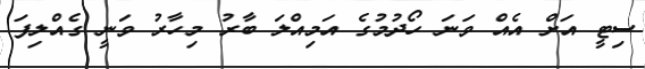
ސިޓީ އަށް އެއް ވަނަ ހޯދުމުގެ އަމިއްލަ ބާރު މިހާރު ވަނީ ގެއްލިފަ